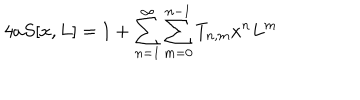
4 a S [ x , L ] = 1 + \sum _ { n = 1 } ^ { \infty } \sum _ { m = 0 } ^ { n - 1 } T _ { n , m } x ^ { n } L ^ { m }